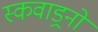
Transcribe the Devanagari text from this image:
स्कवाड्रनों